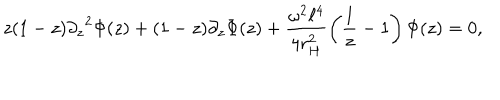
z ( 1 - z ) { \partial _ { z } } ^ { 2 } \Phi ( z ) + ( 1 - z ) \partial _ { z } \Phi ( z ) + \frac { \omega ^ { 2 } \ell ^ { 4 } } { 4 r _ { H } ^ { 2 } } \left( \frac { 1 } { z } - 1 \right) \Phi ( z ) = 0 ,